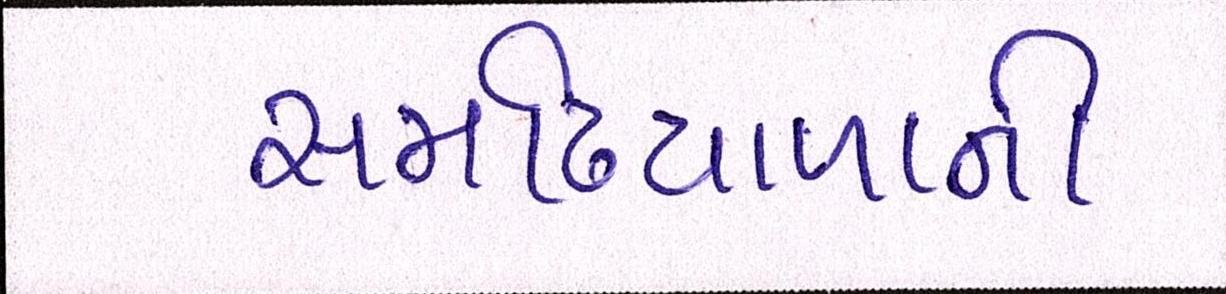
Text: સમઢિયાળાની